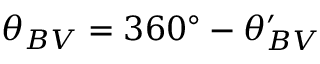
\theta _ { B V } = 3 6 0 ^ { \circ } - \theta _ { B V } ^ { \prime }